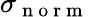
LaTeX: \sigma_{\mathrm{~n~o~r~m~}}